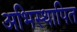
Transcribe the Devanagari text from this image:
अभिस्थापित